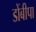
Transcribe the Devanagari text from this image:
डोंबीपा